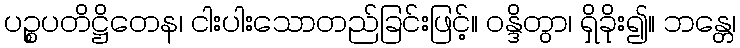
ပဉ္စပတိဋ္ဌိတေန၊ ငါးပါးသောတည်ခြင်းဖြင့်။ ဝန္ဒိတွာ၊ ရှိခိုး၍။ ဘန္တေ၊